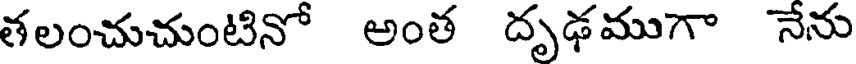
తలంచుచుంటినో అంత దృఢముగా నేను